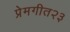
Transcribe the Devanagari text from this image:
प्रेमगीत२३